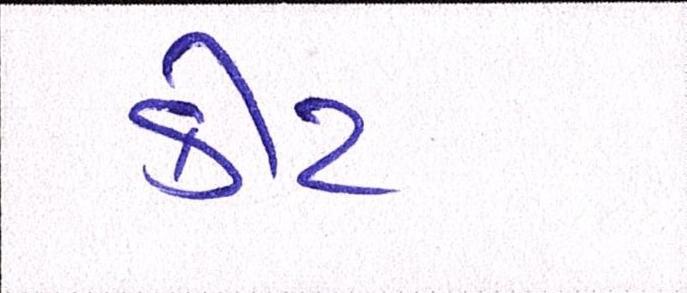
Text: કીટ